Problem: 18 + 2 = ?
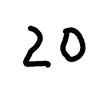
Handwritten answer: 20